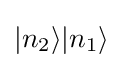
|n_{2}\rangle |n_{1}\rangle